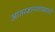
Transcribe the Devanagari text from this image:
आंतरज्ञानशाखांशी